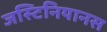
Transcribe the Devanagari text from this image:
जस्टिनियानस